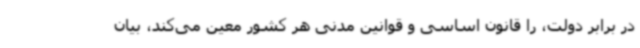
در برابر دولت، را قانون اساسی و قوانین مدنی هر کشور معین می‌کند، بیان